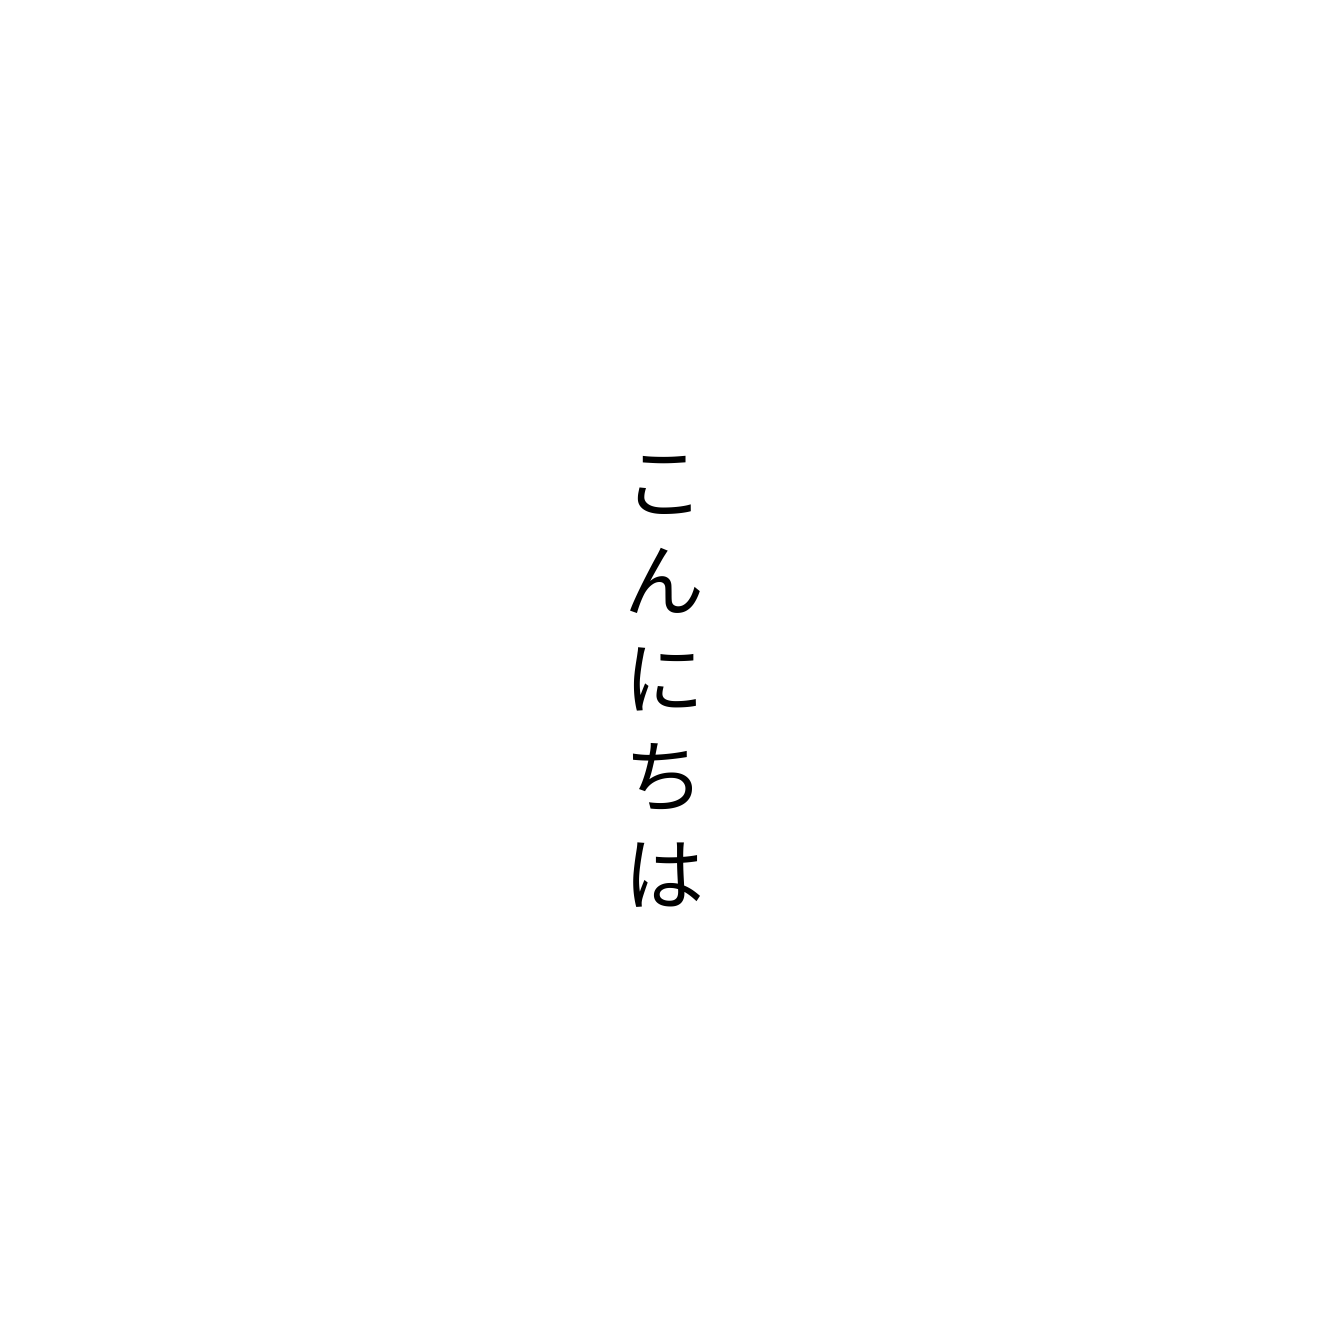
こんにちは